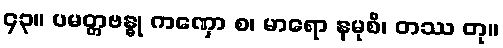
၄၃။ ပမတ္တဗန္ဓု ကဏှော စ၊ မာရော နမုစိ၊ တဿ တု။